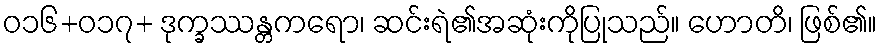
ဝ၁၆+၀၁၇+ ဒုက္ခဿန္တကရော၊ ဆင်းရဲ၏အဆုံးကိုပြုသည်။ ဟောတိ၊ ဖြစ်၏။